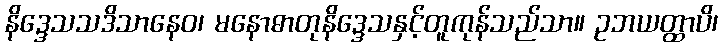
နိဒ္ဒေသသဒိသာနေဝ၊ မနောဓာတုနိဒ္ဒေသနှင့်တူကုန်သည်သာ။ ဥဘယတ္ထာပိ၊